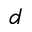
d